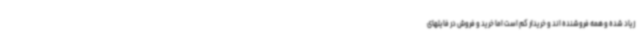
زیاد شده و همه فروشنده اند و خریدار کم است اما خرید و فروش در فایلهای